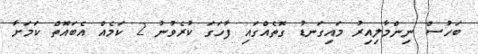
ބަހުސް ނިންމާލިއިރު މައިގަނޑު ގޮތެއްގައި ފާހަގަ ކުރެވުނު 2 ކަމެއް އެބައޮތް ކަމަށާ